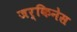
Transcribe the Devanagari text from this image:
जर्किनेस